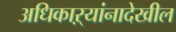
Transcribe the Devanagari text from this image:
अधिकाऱ्यांनादेखील